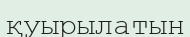
қуырылатын